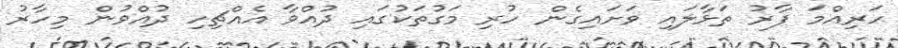
ހަރިއްމަ ފާރު ތަޅާލައި ވަށައިގެން ހުރި މަގުތަކުގައި ދުއްވާ އެއްޗިހި ދުއްވުން މިހާރު